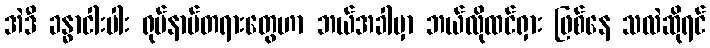
အဲဒီ ခန္ဓာငါးပါး ရုပ်နာမ်တရားတွေဟာ ဘယ်အခါမှာ ဘယ်လိုထင်ရှား ဖြစ်နေ သလဲဆိုရင်